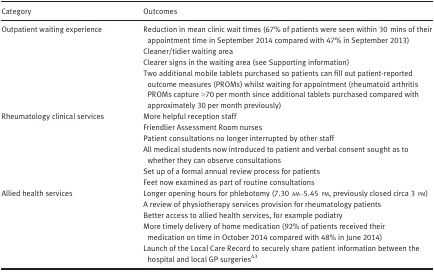
<table><thead><tr><td><b>Category</b></td><td><b>Outcomes</b></td></tr></thead><tbody><tr><td rowspan="4">Outpatient waiting experience</td><td>Reduction in mean clinic wait times (67% of patients were seen within 30 mins of their appointment time in September 2014 compared with 47% in September 2013)</td></tr><tr><td>Cleaner/tidier waiting area</td></tr><tr><td>Clearer signs in the waiting area (see Supporting information)</td></tr><tr><td>Two additional mobile tablets purchased so patients can fill out patient‐reported outcome measures (PROMs) whilst waiting for appointment (rheumatoid arthritis PROMs capture &gt;70 per month since additional tablets purchased compared with approximately 30 per month previously)</td></tr><tr><td rowspan="6">Rheumatology clinical services</td><td>More helpful reception staff</td></tr><tr><td>Friendlier Assessment Room nurses</td></tr><tr><td>Patient consultations no longer interrupted by other staff</td></tr><tr><td>All medical students now introduced to patient and verbal consent sought as to whether they can observe consultations</td></tr><tr><td>Set up of a formal annual review process for patients</td></tr><tr><td>Feet now examined as part of routine consultations</td></tr><tr><td rowspan="5">Allied health services</td><td>Longer opening hours for phlebotomy (7.30 am–5.45 pm, previously closed circa 3 pm)</td></tr><tr><td>A review of physiotherapy services provision for rheumatology patients</td></tr><tr><td>Better access to allied health services, for example podiatry</td></tr><tr><td>More timely delivery of home medication (92% of patients received their medication on time in October 2014 compared with 48% in June 2014)</td></tr><tr><td>Launch of the Local Care Record to securely share patient information between the hospital and local GP surgeries43</td></tr></tbody></table>